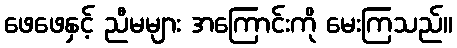
ဖေဖေနှင့် ညီမများ အကြောင်းကို မေးကြသည်။